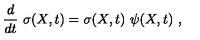
{ \frac { d } { d t } } \ \sigma ( X , t ) = \sigma ( X , t ) \ \psi ( X , t ) \ ,